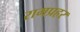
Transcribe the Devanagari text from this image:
रामप्रहर